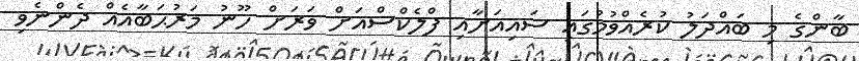
ބާންގެ މި ބައްދަލު ކުރެއްވުމުގައި ސައިއަށާއި ފްލެކްސްއަށް ވަރަށް ހޫނު މަރުޙަބާއެއް ދެންނެވި